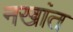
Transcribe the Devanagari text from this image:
नखांत